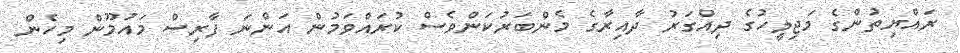
ރައްޔިތުންގެ މަޖިލީހުގެ ދިއްގަރު ދާއިރާގެ މެންބަރުކަންވެސް ކުރައްވަމުން އަންނަ ފާރިސް މައުމޫން މިހެން